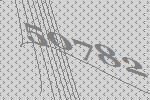
50782